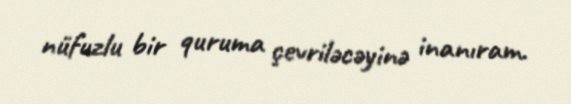
nüfuzlu bir quruma çevriləcəyinə inanıram.